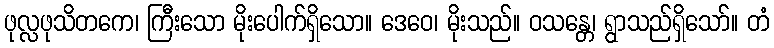
ဖုလ္လဖုသိတကေ၊ ကြီးသော မိုးပေါက်ရှိသော။ ဒေဝေ၊ မိုးသည်။ ဝသန္တေ၊ ရွာသည်ရှိသော်။ တံ